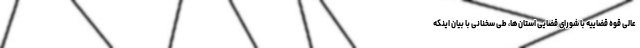
عالی قوه قضاییه با شورای قضایی استان‌ها، طی سخنانی با بیان اینکه